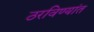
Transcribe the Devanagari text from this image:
ठरविण्यांत